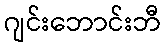
ဂျင်းဘောင်းဘီ